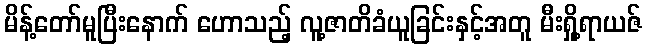
မိန့်တော်မူပြီးနောက် ဟောသည့် လူ့ဇာတိခံယူခြင်းနှင့်အတူ မီးရှို့ရာယဇ်